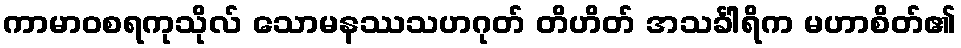
ကာမာဝစရကုသိုလ် သောမနဿသဟဂုတ် တိဟိတ် အသင်္ခါရိက မဟာစိတ်၏